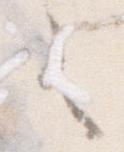
之